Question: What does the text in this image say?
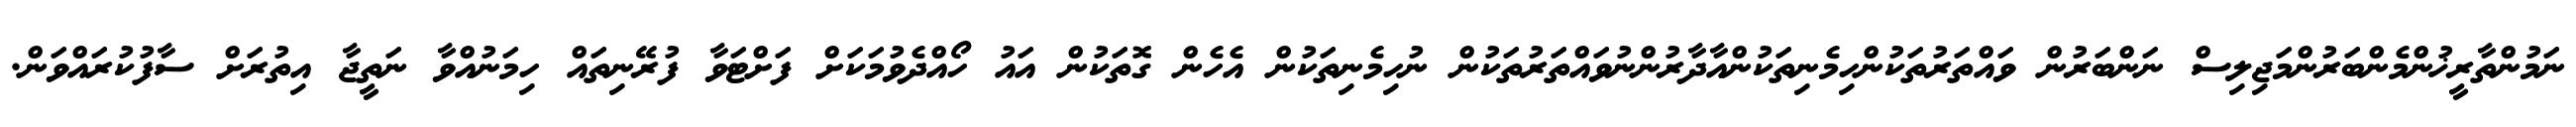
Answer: ނަމުންތާރީޚުންމެންބަރުންމަޖިލިސް ނަންބަރުން ވައްތަރުތަކުންހިމެނިތަކުންއާދާރުންނުވައްތަރުތަކުން ނުހިމެނިތަކުން އެހެން ގޮތަކުން އައު ހޯއްދެވުމަކަށް ފަށްޓަވާ ފުރޭނިތައް ހިމަނުއްވާ ނަތީޖާ އިތުރަށް ސާފުކުރައްވަން.